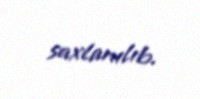
saxlanılıb.